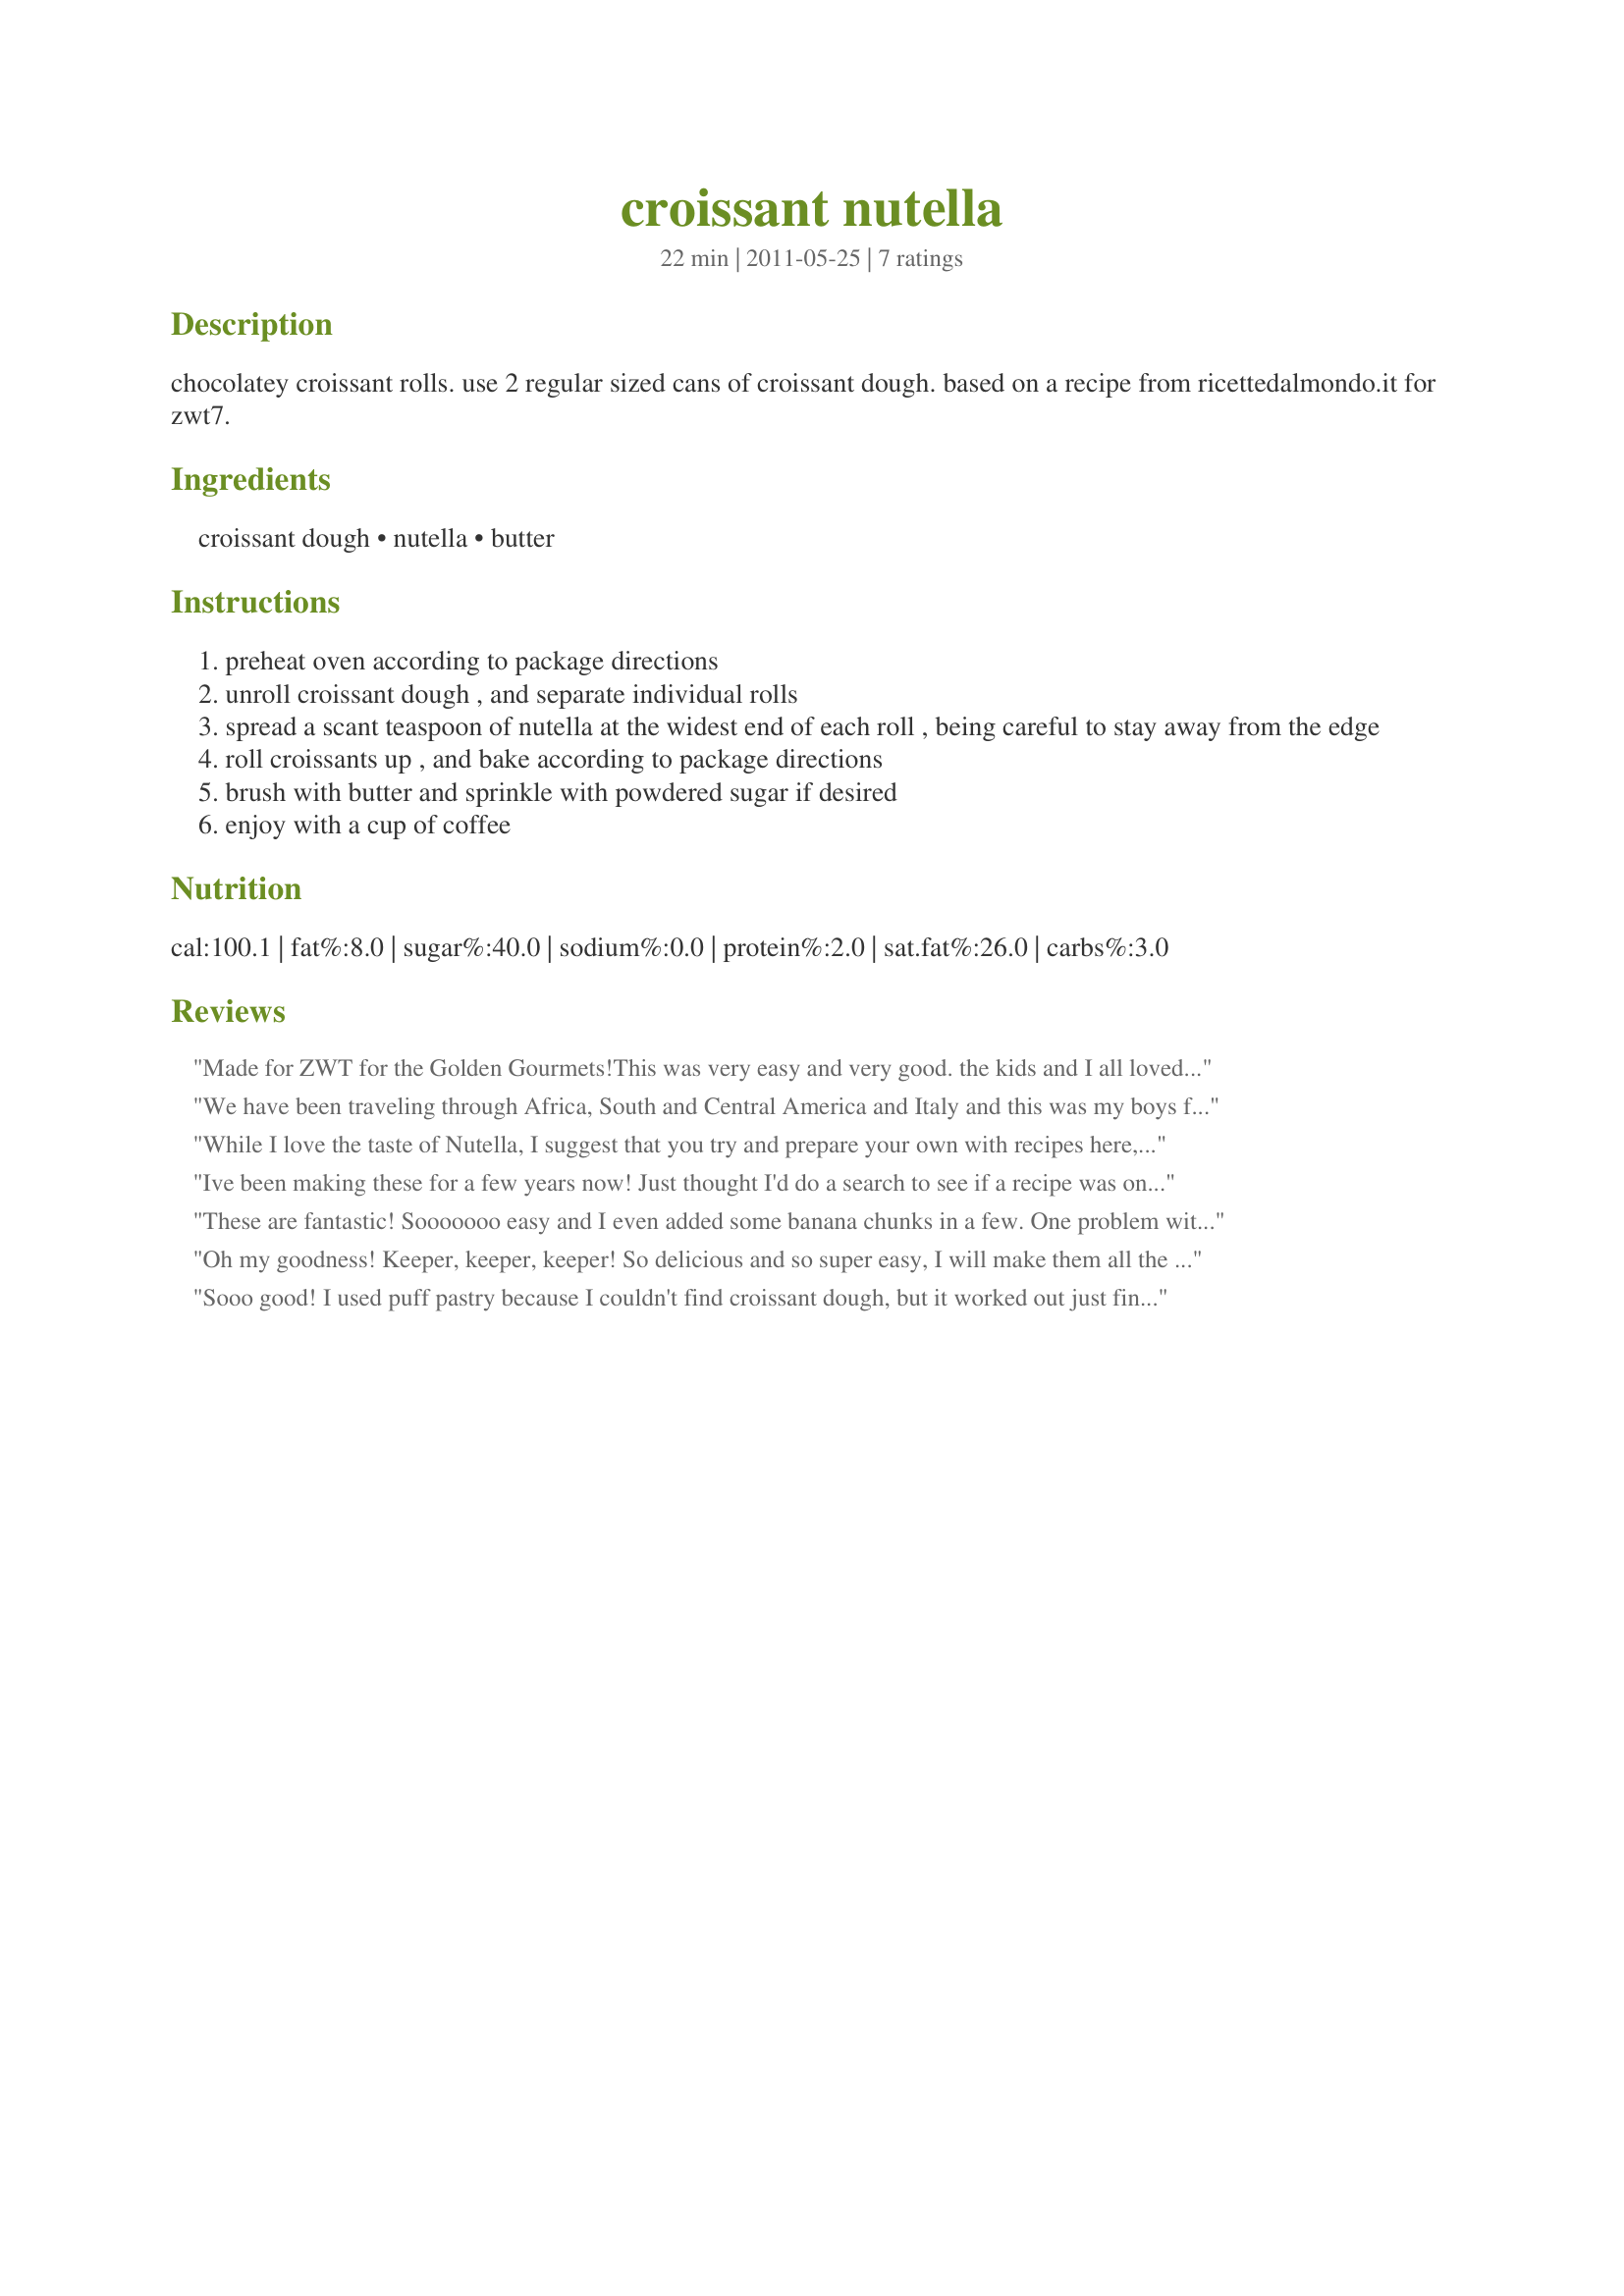
croissant nutella
Preparation time: 22 minutes

chocolatey croissant rolls. use 2 regular sized cans of croissant dough. based on a recipe from ricettedalmondo.it for zwt7.

Ingredients:
croissant dough, nutella, butter

Steps:
preheat oven according to package directions
unroll croissant dough , and separate individual rolls
spread a scant teaspoon of nutella at the widest end of each roll , being careful to stay away from the edge
roll croissants up , and bake according to package directions
brush with butter and sprinkle with powdered sugar if desired
enjoy with a cup of coffee

Reviews:
Made for ZWT for the Golden Gourmets!<br/>This was very easy and very good. the kids and I all loved it. I did put a little cinnamon/sugar <br/>mixture on the top after the butter.
We have been traveling through Africa, South and Central America and Italy and this was my boys favorite thing so far! Quick and easy and very good! Made for ZWT7.
While I love the taste of Nutella, I suggest that you try and prepare your own with recipes here, asit IS NOT HEALTHY!! Look at the label before buying please. I know young parents who feed this to their finicky children for breakfast, but no one should love Partially Hydroginated Oils at all, much less feed them to our kids willingly. Many store bought breads and cookies have the same. Enjoy, but in small amounts is my motto.
Ive been making these for a few years now! Just thought I'd do a search to see if a recipe was on here. I've never done the butter or icing sugar step though. We make them for a special treat in our house or when we have sleepovers or some special play dates. I know they're not healthy but so delicious!
These are fantastic! Sooooooo easy and I even added some banana chunks in a few. One problem with them though - they're so addictive! Thanks!
Oh my goodness! Keeper, keeper, keeper! So delicious and so super easy, I will make them all the time, for just us and for company. Everyone will want this recipe. (Think I should be mysterious and keep it to myself? ;) LOL!) And I always have croissant dough and nutella so I'm all set. Made for ZWT 7 - Shady Ladies
Sooo good! I used puff pastry because I couldn't find croissant dough, but it worked out just fine! I made them small so they would be bite sized, but I still ended up eating half the batch by myself! LOL Thanks for posting this! made for ZWT 7.
